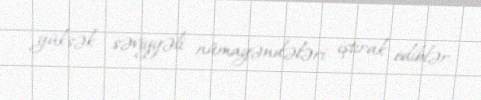
yüksək səviyyəli nümayəndələri iştirak ediblər.